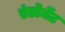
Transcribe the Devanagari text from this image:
एंडोमेंट